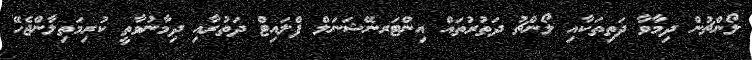
ލޯންޗުން ދިމާވާ ދަތިތަކާއި ލޯންޗު ދަތުރުތައް އިންޓަރނޭޝަނަލް ފްލައިޓް ދަތުރާއި ދިމާނުވާތީ ކުރިމަތިލާންޖެހޭ